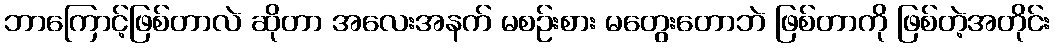
ဘာကြောင့်ဖြစ်တာလဲ ဆိုတာ အလေးအနက် မစဉ်းစား မတွေးတောဘဲ ဖြစ်တာကို ဖြစ်တဲ့အတိုင်း